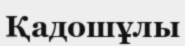
Қадошұлы